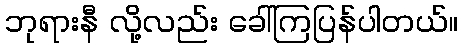
ဘုရားနီ လို့လည်း ခေါ်ကြပြန်ပါတယ်။